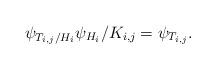
LaTeX: \begin{align*}\psi_{T_{i,j}/H_i} \psi_{H_i}/K_{i,j} = \psi_{T_{i,j}}.\end{align*}